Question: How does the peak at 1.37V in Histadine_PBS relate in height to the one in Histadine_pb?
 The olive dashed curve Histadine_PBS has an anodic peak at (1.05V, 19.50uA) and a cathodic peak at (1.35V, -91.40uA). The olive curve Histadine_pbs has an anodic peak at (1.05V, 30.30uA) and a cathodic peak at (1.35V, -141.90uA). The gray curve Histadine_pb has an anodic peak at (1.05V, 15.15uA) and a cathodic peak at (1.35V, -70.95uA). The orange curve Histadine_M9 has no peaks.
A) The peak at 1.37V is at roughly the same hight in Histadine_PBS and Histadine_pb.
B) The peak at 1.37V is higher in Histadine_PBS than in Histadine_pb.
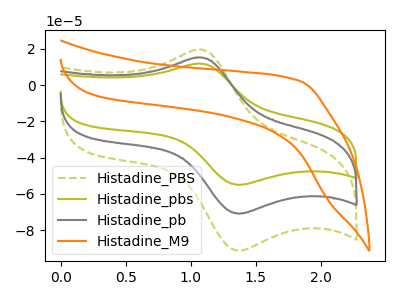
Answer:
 <answer>B) The peak at 1.37V is higher in "Histadine_PBS" than in "Histadine_pb".</answer>
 <eval>B</eval>